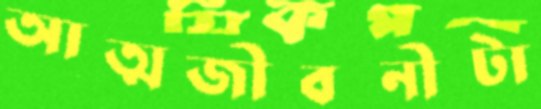
আত্মজীবনীটা